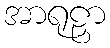
အာရုဠှာ